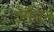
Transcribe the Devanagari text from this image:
औबर्न